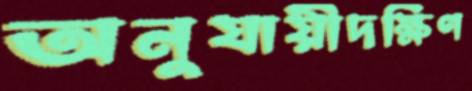
অনুযায়ীদক্ষিণ